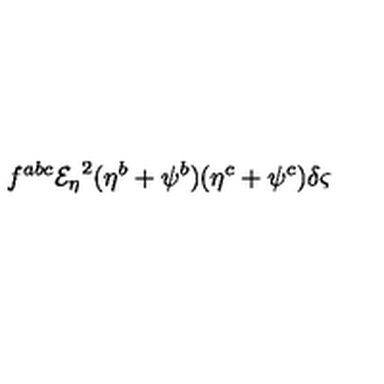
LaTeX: f ^ { a b c } { { \mathcal { E } _ { \eta } } } ^ { 2 } ( \eta ^ { b } + \psi ^ { b } ) ( \eta ^ { c } + \psi ^ { c } ) \delta \varsigma